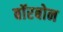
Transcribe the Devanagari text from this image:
बॉरबोन